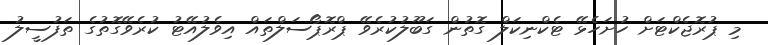
މި ޕުރޮޖެކްޓަށް ހުށަހެޅޭ ޓެކްނިކަލް ގޮތުން ގަބޫލުކުރެވޭ ޕްރޮޕޯސަލްތައް އިވެލުއޭޓު ކުރެވޭގޮތުގެ ތަފުސީލު